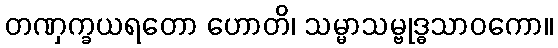
တဏှက္ခယရတော ဟောတိ၊ သမ္မာသမ္ဗုဒ္ဓသာဝကော။